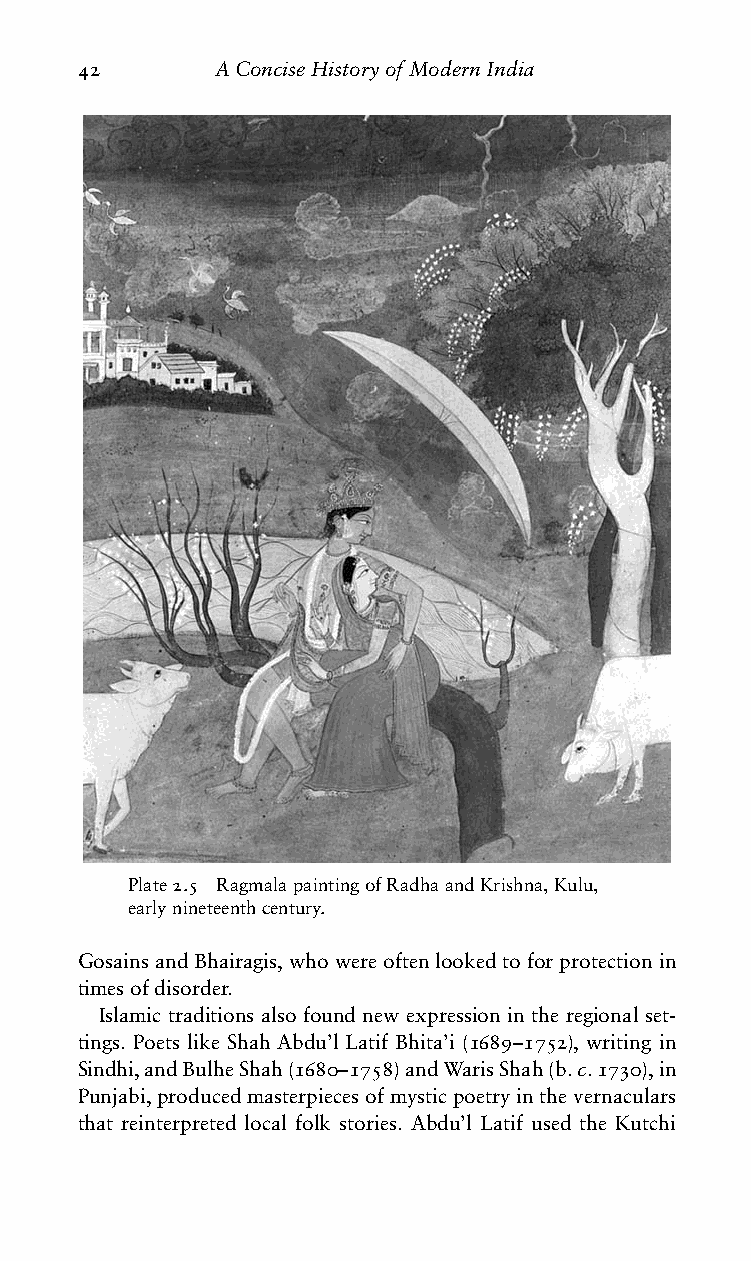
42       AConciseHistoryofModernIndia
 Plate2.5 RagmalapaintingofRadhaandKrishna,Kulu,
 earlynineteenthcentury.
 GosainsandBhairagis,whowereoftenlookedtoforprotectionin
 timesofdisorder.
 Islamic traditions also found new expression in the regional set-
 tings. Poets like Shah Abdu’l Latif Bhita’i (1689–1752), writing in
 Sindhi,andBulheShah(1680–1758)andWarisShah(b.c.1730),in
 Punjabi,producedmasterpiecesofmysticpoetryinthevernaculars
 that reinterpreted local folk stories. Abdu’l Latif used the Kutchi